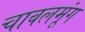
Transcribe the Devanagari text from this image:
चावलमूंग